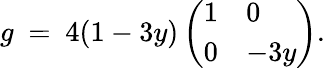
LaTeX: g\ =\ 4(1-3y)\left(\begin{array}{ll}{1}&{0}\\ {0}&{-3y}\end{array}\right).